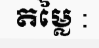
តម្លៃ :